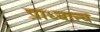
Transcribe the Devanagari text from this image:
प्राध्यान्य